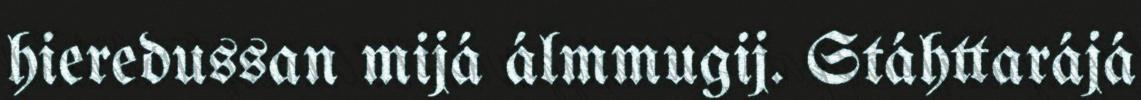
hieredussan mijá álmmugij. Stáhttarájá